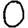
Digit: 0